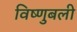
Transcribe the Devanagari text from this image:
विष्णुबली